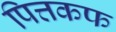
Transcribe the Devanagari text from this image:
पित्तकफ